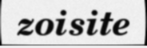
zoisite